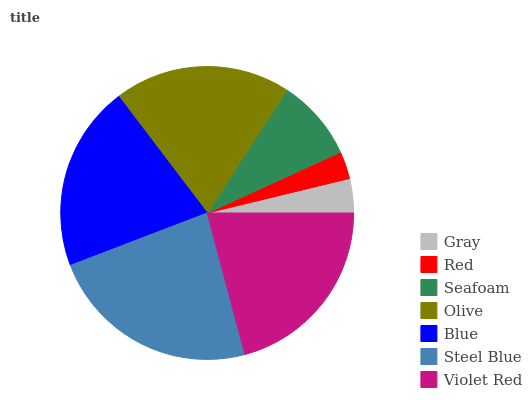
| Gray | Red | Seafoam | Olive | Blue | Steel Blue | Violet Red |
 | --- | --- | --- | --- | --- | --- | --- |
 | 3.78% | 3.02% | 9.01% | 19.5% | 20.5% | 23.4% | 20.8% |